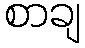
စာချ